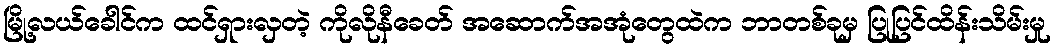
မြို့လယ်ခေါင်က ထင်ရှားလှတဲ့ ကိုလိုနီခေတ် အဆောက်အအုံတွေထဲက ဘာတစ်ခုမှ ပြုပြင်ထိန်းသိမ်းမှု